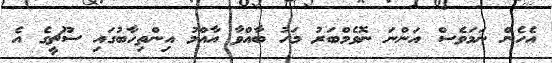
އެހެން ނަމަވެސް އަންނަ ނޮވެމްބަރު މަހު ބާއްވާ އާއްމު އިންތިހާބުގައި ސޫޗީގެ އެ